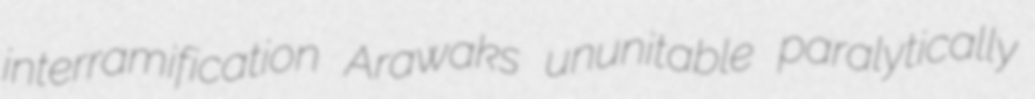
interramification Arawaks ununitable paralytically